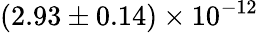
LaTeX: (2.93\pm 0.14)\times 10^{-12}